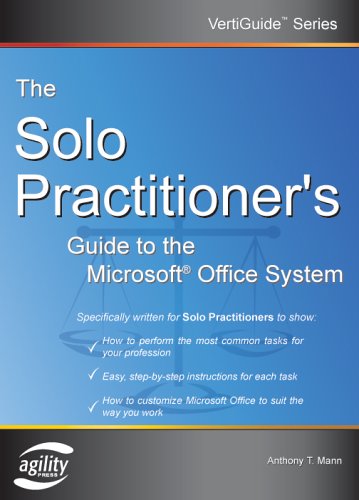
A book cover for The Solo Practitioner's Guide to the Microsoft Office System (Vertiguide); Anthony T. Mann; Law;